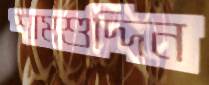
শামশুদ্দিন